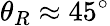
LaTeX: \theta_{R}\approx 45^{\circ}